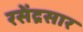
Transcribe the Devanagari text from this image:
रसेंद्रसार